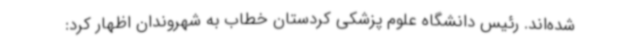
شده‌اند. رئیس دانشگاه علوم پزشکی کردستان خطاب به شهروندان اظهار کرد: